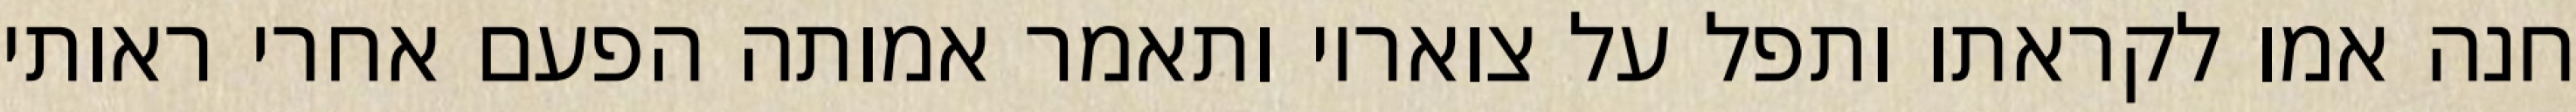
חנה אמו לקראתו ותפל על צואריו ותאמר אמותה הפעם אחרי ראותי